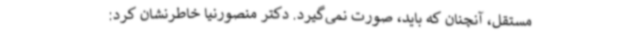
مستقل، آنچنان که باید، صورت نمی‌گیرد. دکتر منصورنیا خاطرنشان کرد: